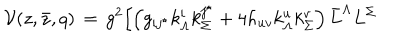
{ \mathcal V } ( z , \bar { z } , q ) \, = \, g ^ { 2 } \Bigl [ \left( g _ { i j ^ { \star } } k _ { \Lambda } ^ { i } k _ { \Sigma } ^ { j ^ { \star } } + 4 h _ { u v } k _ { \Lambda } ^ { u } k _ { \Sigma } ^ { v } \right) \bar { L } ^ { \Lambda } L ^ { \Sigma }